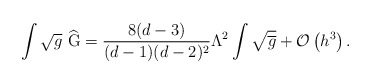
\begin{align*}\int \sqrt{g}\ \widehat{{\rm G}}=\frac{8(d-3)}{(d-1)(d-2)^{2}}\Lambda^{2}\int \sqrt{\overline{g}}+{\cal O}\left( h^{3}\right) . \end{align*}